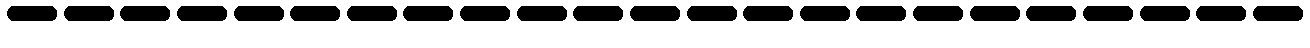
-----------------------